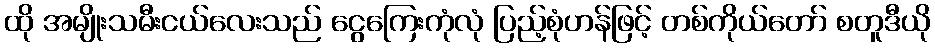
ထို အမျိုးသမီးငယ်လေးသည် ငွေကြေးကုံလုံ ပြည့်စုံဟန်ဖြင့် တစ်ကိုယ်တော် စတူဒီယို